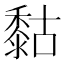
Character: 𪏻